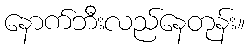
နောက်ဘီးလည်နေတုန်း။